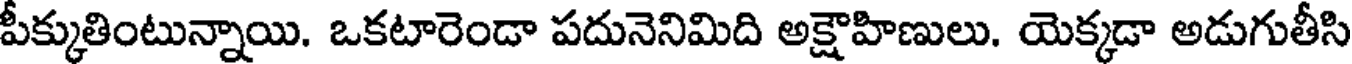
పీక్కుతింటున్నాయి. ఒకటారెండా పదునెనిమిది అక్షౌహిణులు. యెక్కడా అడుగుతీసి